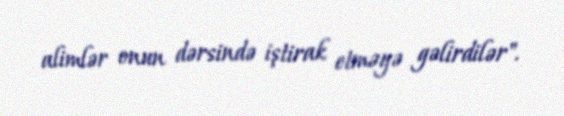
alimlər onun dərsində iştirak etməyə gəlirdilər".